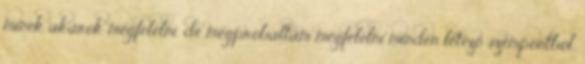
minek akarok megfelelni, de megpróbáltam megfelelni minden létező szempontból.